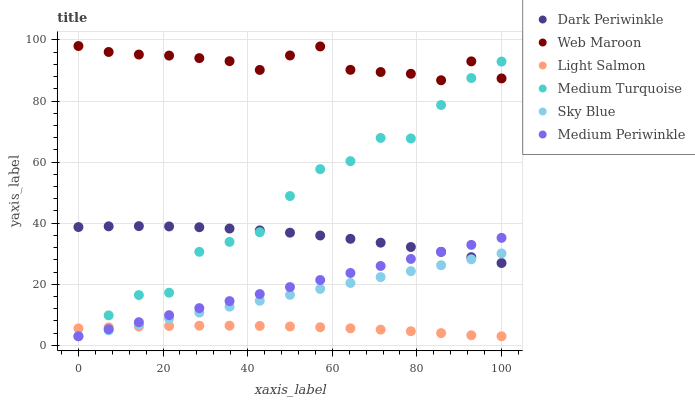
| xaxis_label | Dark Periwinkle | Web Maroon | Light Salmon | Medium Turquoise | Sky Blue | Medium Periwinkle |
 | --- | --- | --- | --- | --- | --- | --- |
 | 0 | 38.7 | 98 | 5.57 | 3 | 3 | 3 |
 | 7.14 | 39 | 96 | 5.92 | 9.83 | 4.94 | 5.3 |
 | 14.3 | 39 | 95.2 | 6.19 | 16.5 | 6.87 | 7.6 |
 | 21.4 | 38.9 | 94.9 | 6.36 | 17.3 | 8.81 | 9.9 |
 | 28.6 | 38.7 | 94 | 6.45 | 30.6 | 10.7 | 12.2 |
 | 35.7 | 38.3 | 93 | 6.46 | 33.9 | 12.7 | 14.5 |
 | 42.9 | 37.7 | 90.2 | 6.37 | 37 | 14.6 | 16.8 |
 | 50 | 36.9 | 94.9 | 6.2 | 48.9 | 16.6 | 19.1 |
 | 57.1 | 36 | 97.9 | 5.94 | 57.7 | 18.5 | 21.4 |
 | 64.3 | 34.9 | 90.2 | 5.59 | 60.3 | 20.4 | 23.7 |
 | 71.4 | 33.6 | 89.5 | 5.16 | 67.9 | 22.4 | 26 |
 | 78.6 | 32.2 | 88.9 | 4.64 | 67.7 | 24.3 | 28.3 |
 | 85.7 | 30.6 | 86.8 | 4.03 | 78.7 | 26.2 | 30.6 |
 | 92.9 | 28.9 | 93 | 3.33 | 87.5 | 28.2 | 32.9 |
 | 100 | 27 | 87.4 | 3 | 92.9 | 30.1 | 35.2 |